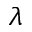
\lambda